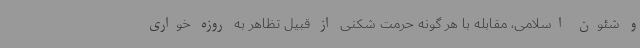
و شئون اسلامی، مقابله با هر گونه حرمت شکنی از قبیل تظاهر به روزه خواری